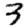
Digit: 3